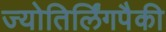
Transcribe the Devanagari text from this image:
ज्योतिर्लिंगपैकी